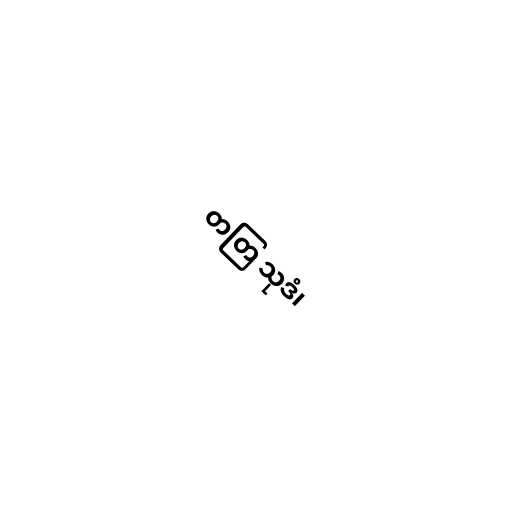
တတြ သုဒံ၊